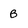
Character: B